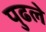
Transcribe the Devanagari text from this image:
पुढले